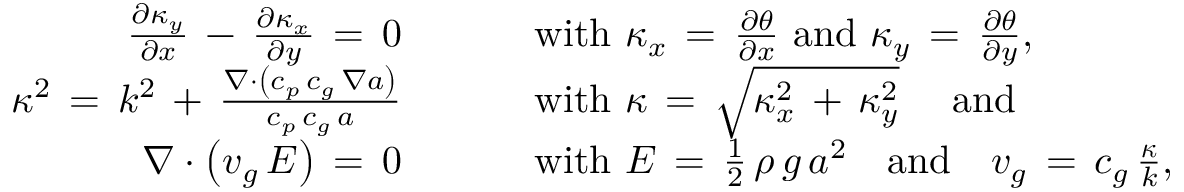
\begin{array} { r l } { { \frac { \partial \kappa _ { y } } { \partial { x } } } \, - \, { \frac { \partial \kappa _ { x } } { \partial { y } } } \, = \, 0 \qquad } & { { } { \mathrm { ~ w i t h ~ } } \kappa _ { x } \, = \, { \frac { \partial \theta } { \partial { x } } } { \mathrm { ~ a n d ~ } } \kappa _ { y } \, = \, { \frac { \partial \theta } { \partial { y } } } , } \\ { \kappa ^ { 2 } \, = \, k ^ { 2 } \, + \, { \frac { \nabla \cdot \left( c _ { p } \, c _ { g } \, \nabla a \right) } { c _ { p } \, c _ { g } \, a } } \qquad } & { { } { \mathrm { ~ w i t h ~ } } \kappa \, = \, { \sqrt { \kappa _ { x } ^ { 2 } \, + \, \kappa _ { y } ^ { 2 } } } \quad { \mathrm { ~ a n d } } } \\ { \nabla \cdot \left( { \boldsymbol { v } } _ { g } \, E \right) \, = \, 0 \qquad } & { { } { \mathrm { ~ w i t h ~ } } E \, = \, { \frac { 1 } { 2 } } \, \rho \, g \, a ^ { 2 } \quad { \mathrm { a n d } } \quad { \boldsymbol { v } } _ { g } \, = \, c _ { g } \, { \frac { \boldsymbol { \kappa } } { k } } , } \end{array}